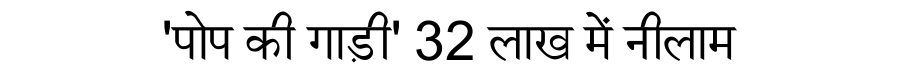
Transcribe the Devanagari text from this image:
'पोप की गाड़ी' 32 लाख में नीलाम